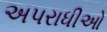
અપરાધીઓ